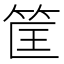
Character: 筐